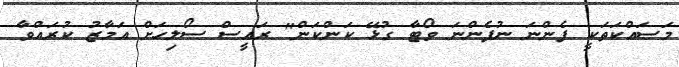
މަސައްކަތަކީ ފެންނަ ނުފެންނަ ވޯޓާ ގުޅޭ ކަންކަން" ރައީސް ސޯލިހަށް އަމާޒު ކުރައްވާ